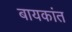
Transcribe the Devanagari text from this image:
बायकांत